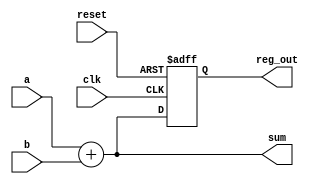
module example_logic (
    input wire clk,          // Clock input
    input wire reset,        // Reset input
    input wire [3:0] a,      // 4-bit input
    input wire [3:0] b,      // 4-bit input
    output reg [3:0] sum,     // 4-bit output for sum
    output reg [3:0] reg_out  // 4-bit output for register
);

// Combinational Logic: Calculate sum of a and b
always @* begin
    sum = a + b; // Continuous assignment of sum based on inputs a and b
end

// Sequential Logic: Register to store value on clock edge
always @(posedge clk or posedge reset) begin
    if (reset) begin
        reg_out <= 4'b0000; // Reset output to 0
    end else begin
        reg_out <= sum; // Store the sum in reg_out on clock edge
    end
end

endmodule